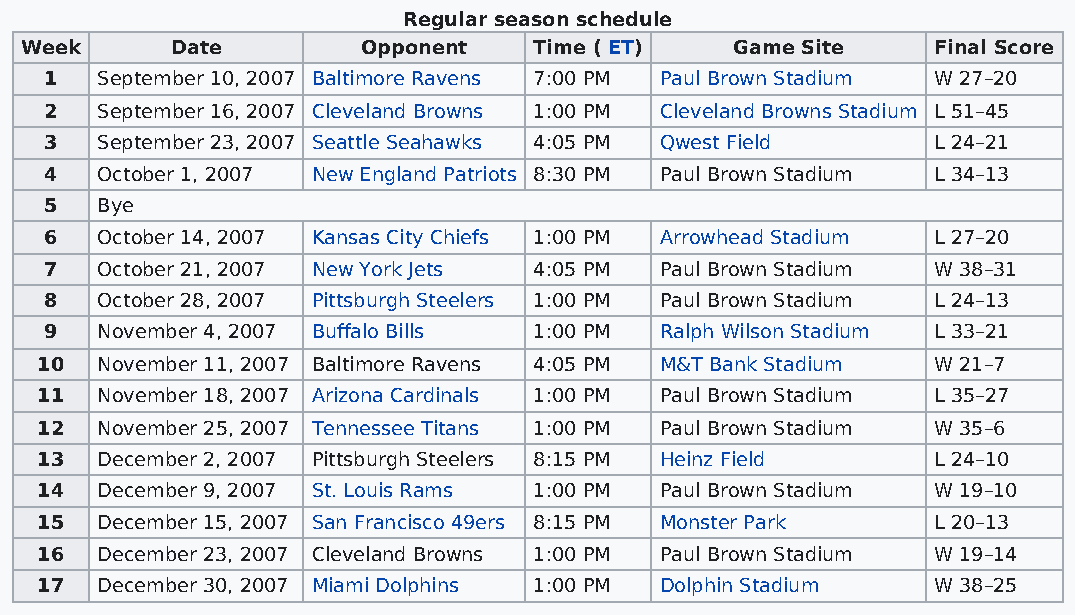
Regular season schedule
 Week      Date         Opponent   Time ( ET)    Game Site    Final Score
 1  September 10, 2007 Baltimore Ravens 7:00 PM Paul Brown Stadium W 27–20
 2  September 16, 2007 Cleveland Browns 1:00 PM Cleveland Browns Stadium L 51–45
 3  September 23, 2007 Seattle Seahawks 4:05 PM Qwest Field L 24–21
 4  October 1, 2007 New England Patriots 8:30 PM Paul Brown Stadium L 34–13
 5  Bye
 6  October 14, 2007 Kansas City Chiefs 1:00 PM Arrowhead Stadium L 27–20
 7  October 21, 2007 New York Jets 4:05 PM Paul Brown Stadium W 38–31
 8  October 28, 2007 Pittsburgh Steelers 1:00 PM Paul Brown Stadium L 24–13
 9  November 4, 2007 Buffalo Bills 1:00 PM Ralph Wilson Stadium L 33–21
 10  November 11, 2007 Baltimore Ravens 4:05 PM M&T Bank Stadium W 21–7
 11  November 18, 2007 Arizona Cardinals 1:00 PM Paul Brown Stadium L 35–27
 12  November 25, 2007 Tennessee Titans 1:00 PM Paul Brown Stadium W 35–6
 13  December 2, 2007 Pittsburgh Steelers 8:15 PM Heinz Field L 24–10
 14  December 9, 2007 St. Louis Rams 1:00 PM Paul Brown Stadium W 19–10
 15  December 15, 2007 San Francisco 49ers 8:15 PM Monster Park L 20–13
 16  December 23, 2007 Cleveland Browns 1:00 PM Paul Brown Stadium W 19–14
 17  December 30, 2007 Miami Dolphins 1:00 PM Dolphin Stadium W 38–25